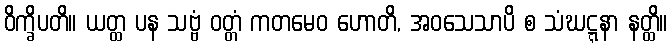
ဝိက္ခိပတိ။ ယတ္ထ ပန သဗ္ဗံ ဝတ္တံ ကတမေဝ ဟောတိ, အဝသေသာပိ စ သံဃဋ္ဋနာ နတ္ထိ။